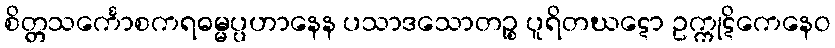
စိတ္တသင်္ကောစကရဓမ္မပ္ပဟာနေန ပသာဒသောတဉ္စ ပူရိတဃဋော ဥက္ကုဋိကေနေဝ